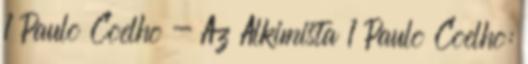
1 Paulo Coelho - Az Alkimista 1 Paulo Coelho: